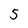
Character: 5